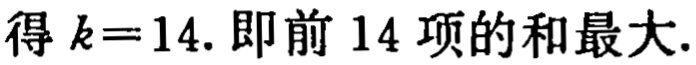
得 \(k = 14\). 即前 \(14\) 项的和最大.